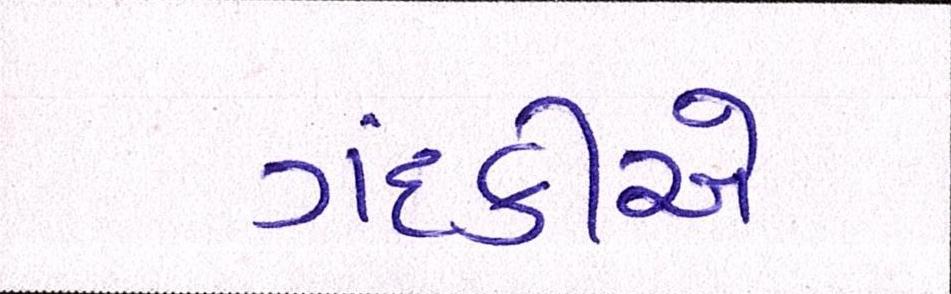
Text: ગંદકીએ